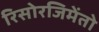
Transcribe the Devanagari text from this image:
रिसोरजिमेंतो